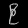
Digit: ၉